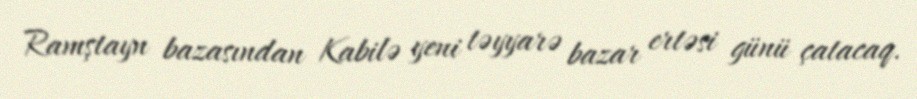
Ramştayn bazasından Kabilə yeni təyyarə bazar ertəsi günü çatacaq.